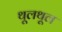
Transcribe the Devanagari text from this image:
थूलथूल